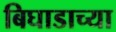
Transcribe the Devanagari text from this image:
बिघाडाच्या